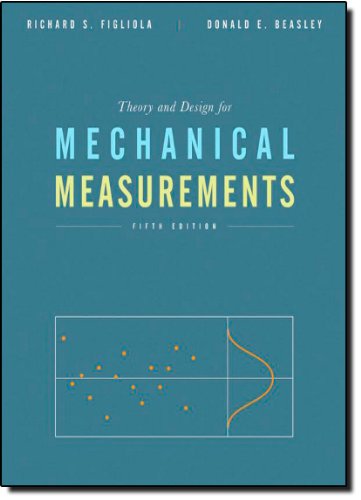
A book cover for Theory and Design for Mechanical Measurements; Richard S. Figliola; Science & Math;